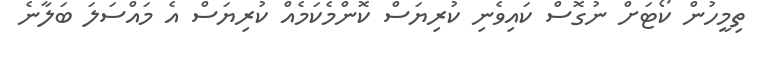
ތިމީހުން ކޯޓަށް ނުގޮސް ކައިވެނި ކުރިޔަސް ކޮންމެކަމެއް ކުރިޔަސް އެ މައްސަލަ ބަލާނެ